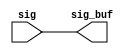
module sctag_pcx_rptr_1 (
   sig_buf, 
   sig
   );
output  [163:0] sig_buf;
input   [163:0] sig;
assign  sig_buf  = sig;
endmodule